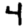
Digit: 4